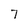
Character: 7